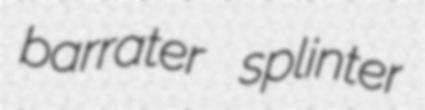
barrater splinter